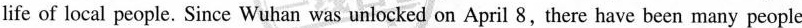
life of local people. Since Wuhan was unlocked on April 8,there have been many people